Annual statistical returns and brief notes on vaccination in Bengal - 1887-1898
Year: 1887
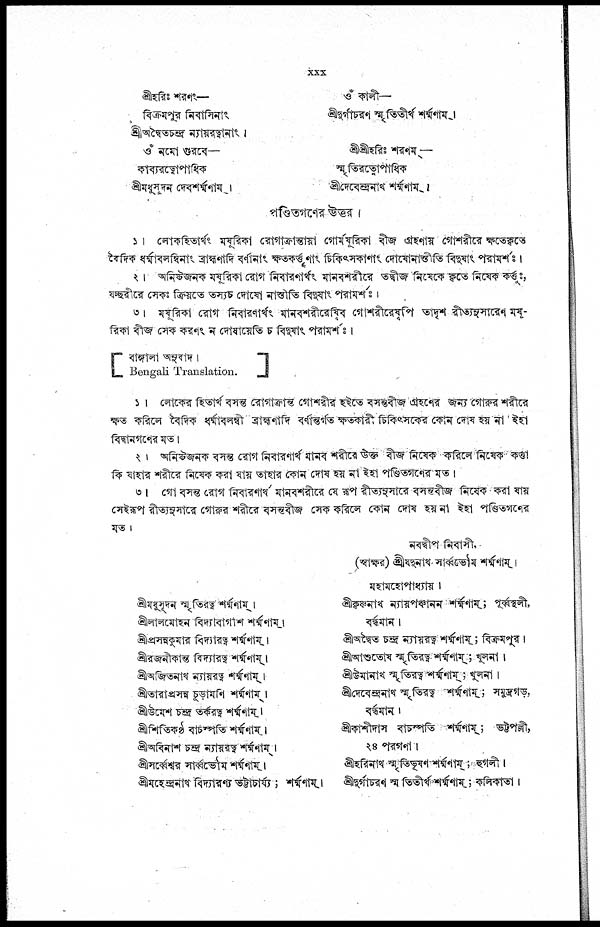
xxx